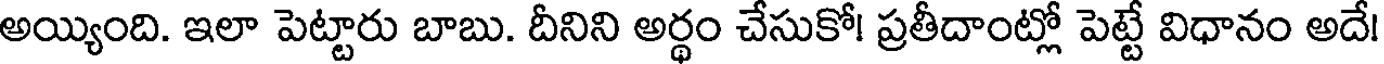
అయ్యింది. ఇలా పెట్టారు బాబు. దీనిని అర్థం చేసుకో! ప్రతీదాంట్లో పెట్టే విధానం అదే